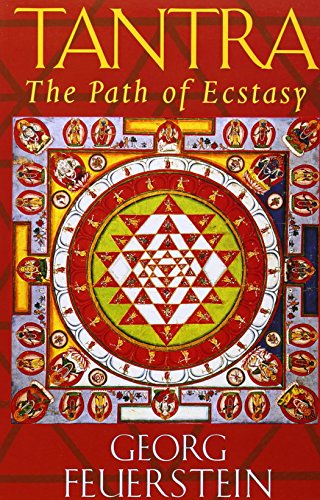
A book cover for Tantra: Path of Ecstasy; Georg Feuerstein; Religion & Spirituality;